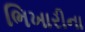
ભિખારીના